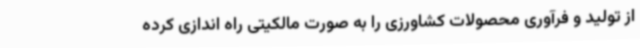
از تولید و فرآوری محصولات کشاورزی را به صورت مالکیتی راه اندازی کرده